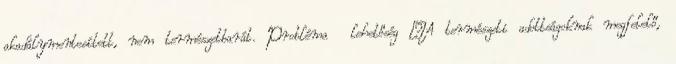
akadálymentesített, nem természetbarát. Probléma lehetőség ▪A természeti adottságoknak megfelelő,